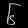
Digit: ၆